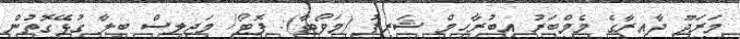
މަރަދޫ ދާއިރާގެ މެމްބަރު އިބުރާހިމް ޝަރީފު (މަވޯޓާ): ފޮޓޯ/ މަޖިލިސް ބިލާ ގުޅޭގޮތުން